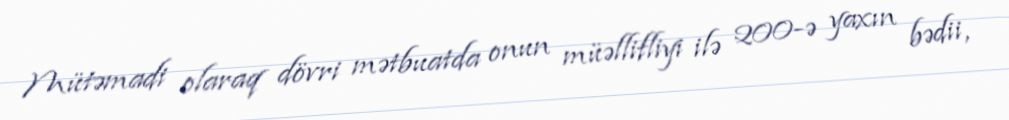
Mütəmadi olaraq dövri mətbuatda onun müəllifliyi ilə 200-ə yaxın bədii,